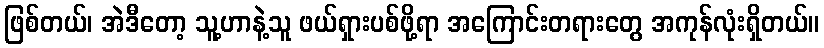
ဖြစ်တယ်၊ အဲဒီတော့ သူ့ဟာနဲ့သူ ဖယ်ရှားပစ်ဖို့ရာ အကြောင်းတရားတွေ အကုန်လုံးရှိတယ်။